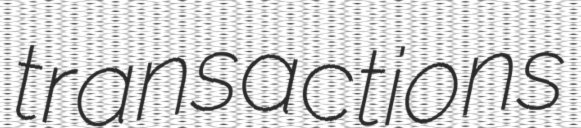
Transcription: transactions